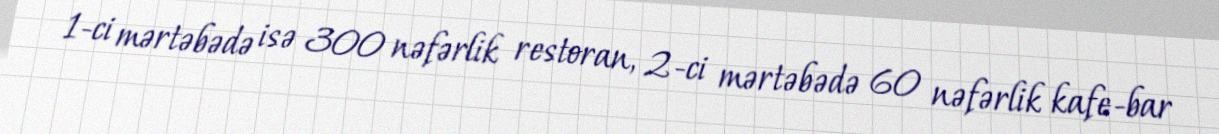
1-ci mərtəbədə isə 300 nəfərlik restoran, 2-ci mərtəbədə 60 nəfərlik kafe-bar